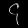
Digit: ၄